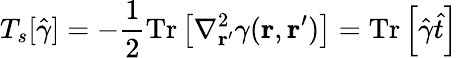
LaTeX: T_{s}[\hat{\gamma}]=-\frac{1}{2}\mathrm{Tr}\left[\nabla_{{\mathbf{r}^{\prime}}}^{2}\gamma({\mathbf{r}},{\mathbf{r}^{\prime}})\right]=\mathrm{Tr}\left[\hat{\gamma}\hat{t}\right]